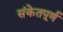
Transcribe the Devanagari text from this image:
संकेतपूर्ण